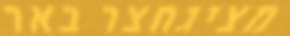
מציגחצר באר